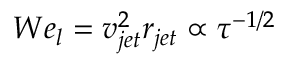
W e _ { l } = v _ { j e t } ^ { 2 } r _ { j e t } \propto \tau ^ { - 1 / 2 }